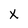
Character: X